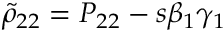
\tilde { \rho } _ { 2 2 } = P _ { 2 2 } - s \beta _ { 1 } \gamma _ { 1 }